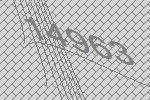
14963